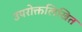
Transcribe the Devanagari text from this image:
उपरोक्तलिखित